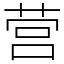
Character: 营